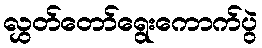
လွှတ်တော်ရွေးကောက်ပွဲ